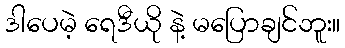
ဒါပေမဲ့ ရေဒီယို နဲ့ မပြောချင်ဘူး။